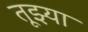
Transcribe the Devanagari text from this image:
तूझ्या